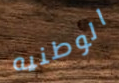
الوطنيه